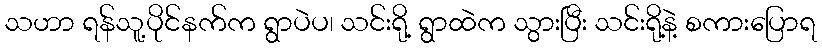
သဟာ ရန်သူ့ပိုင်နက်က ရွာပဲပ၊ သင်းရို့ ရွာထဲက သွားပြီး သင်းရို့နဲ့ စကားပြောရ